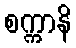
စက္ကာနိ